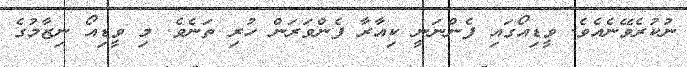
ނުކުރެވޭނެއެވެ. ވީޑިއޯގައި ފެންނަނީ ކިއާރާ ފެންވަރަން ހުރި ތަނެވެ. މި ވީޑިއޯ ނިޒާމުގެ